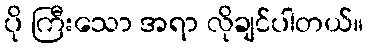
ပို ကြီးသော အရာ လိုချင်ပါတယ်။